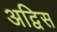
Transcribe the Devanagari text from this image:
अद्विस